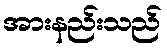
အားနည်းသည်